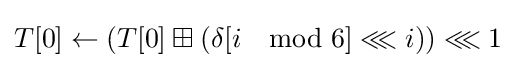
T[0]\leftarrow \left(T[0]\boxplus \left(\delta [i\mod 6]\lll i\right)\right)\lll 1